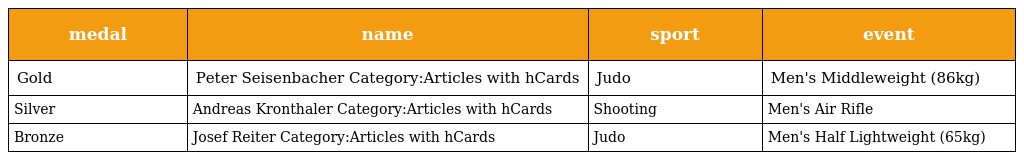
| medal | name | sport | event |
 | --- | --- | --- | --- |
 | Gold | Peter Seisenbacher Category:Articles with hCards | Judo | Men's Middleweight (86kg) |
 | Silver | Andreas Kronthaler Category:Articles with hCards | Shooting | Men's Air Rifle |
 | Bronze | Josef Reiter Category:Articles with hCards | Judo | Men's Half Lightweight (65kg) |